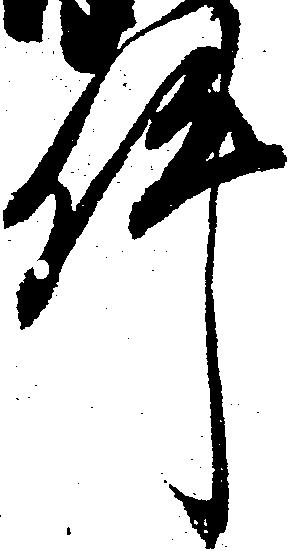
件